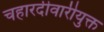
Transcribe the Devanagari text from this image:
चहारदीवारीयुक्त